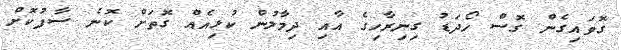
ގޮވައިގެން ގޮސް ހޯދަޑު ގިނިރާހިގެ އާއި ދިމާލުން ކުޅިއެއް ގޮތަށް ކޮނެ ސާފުކޮށް